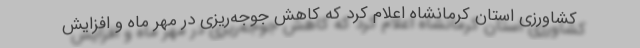
کشاورزی استان کرمانشاه اعلام کرد که کاهش جوجه‌ریزی در مهر ماه و افزایش